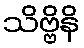
သိဗ္ဗိနိ